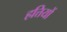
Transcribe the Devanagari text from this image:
हत्तियों